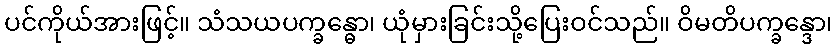
ပင်ကိုယ်အားဖြင့်။ သံသယပက္ခန္ဓော၊ ယုံမှားခြင်းသို့ပြေးဝင်သည်။ ဝိမတိပက္ခန္ဒော၊